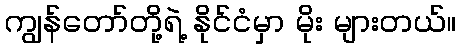
ကျွန်တော်တို့ရဲ့ နိုင်ငံမှာ မိုး များတယ်။